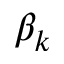
\beta _ { k }